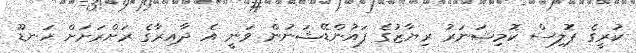
ކުރީގެ ޕޮލިސް ކޮމިޝަނަރު ރިޔާޒުގެ ފައުންޑޭޝަނުން ވަނީ އެ ދާއިރާގެ ރަށްރަށަށް ހަނޑޫ